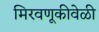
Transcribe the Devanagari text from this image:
मिरवणूकीवेळी